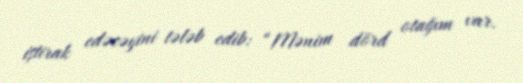
iştirak edəcəyini tələb edib: “Mənim dörd otağım var.